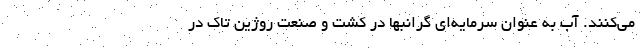
می‌کنند. آب به عنوان سرمایه‌ای گرانبها در کشت و صنعت روژین تاک در